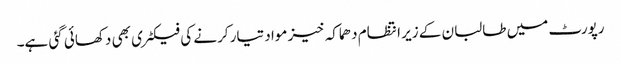
رپورٹ میں طالبان کے زیر انتظام دھماکہ خیز مواد تیار کرنے کی فیکٹری بھی دکھائی گئی ہے۔